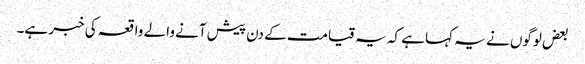
بعض لوگوں نے یہ کہا ہے کہ یہ قیامت کے دن پیش آنے والے واقعہ کی خبر ہے۔